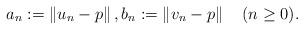
LaTeX: \begin{align*}a_{n}:=\left\Vert u_{n}-p\right\Vert ,b_{n}:=\left\Vert v_{n}-p\right\Vert \quad(n\geq0). \end{align*}